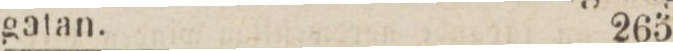
gatan.    265